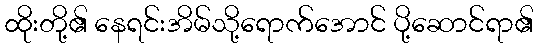
ထိုးတို့၏ နေရင်းအိမ်သို့ရောက်အောင် ပို့ဆောင်ရာ၏